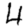
Digit: 4